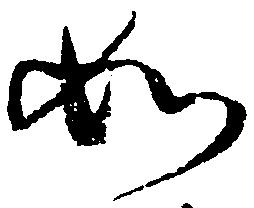
如